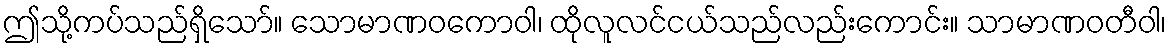
ဤသို့ကပ်သည်ရှိသော်။ သောမာဏဝကောဝါ၊ ထိုလူလင်ငယ်သည်လည်းကောင်း။ သာမာဏဝတီဝါ၊